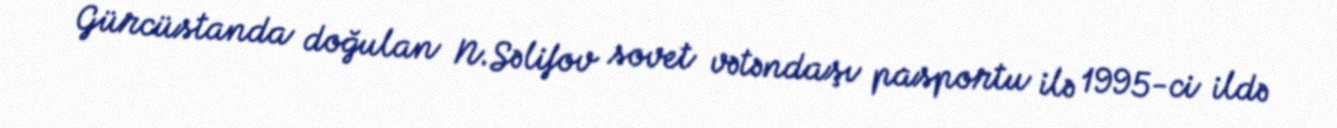
Gürcüstanda doğulan N.Səlifov sovet vətəndaşı pasportu ilə 1995-ci ildə